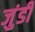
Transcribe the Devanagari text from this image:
जुंडी